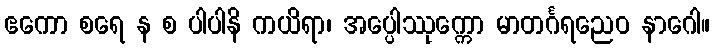
ဧကော စရေ န စ ပါပါနိ ကယိရာ၊ အပ္ပေါဿုက္ကော မာတင်္ဂရညေဝ နာဂေါ။